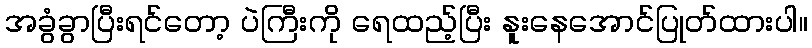
အခွံခွာပြီးရင်တော့ ပဲကြီးကို ရေထည့်ပြီး နူးနေအောင်ပြုတ်ထားပါ။